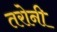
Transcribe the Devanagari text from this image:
तरोनी